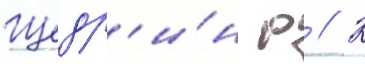
Щедр'и́н р // К